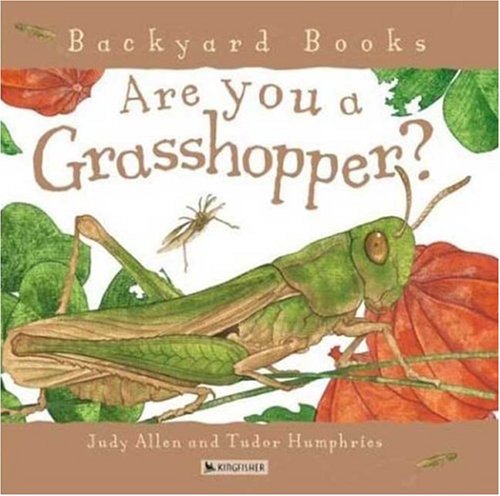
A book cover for Are You a Grasshopper? (Backyard Books); Judy Allen; Children's Books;